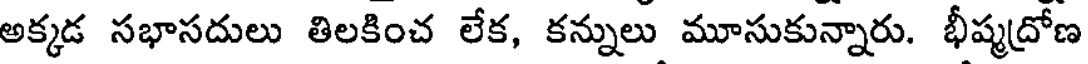
అక్కడ సభాసదులు తిలకించ లేక, కన్నులు మూసుకున్నారు. భీష్మద్రోణ